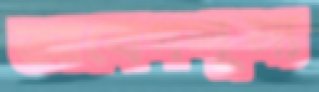
আবেগশূন্য